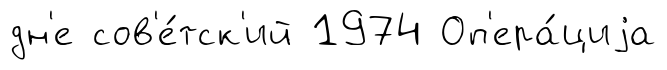
дн'е сов'е́тск'ий 1974 Оп'ера́циjа